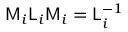
\mathsf { M } _ { i } \mathsf { L } _ { i } \mathsf { M } _ { i } = \mathsf { L } _ { i } ^ { - 1 }